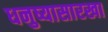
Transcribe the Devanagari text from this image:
धनुष्यासारखा